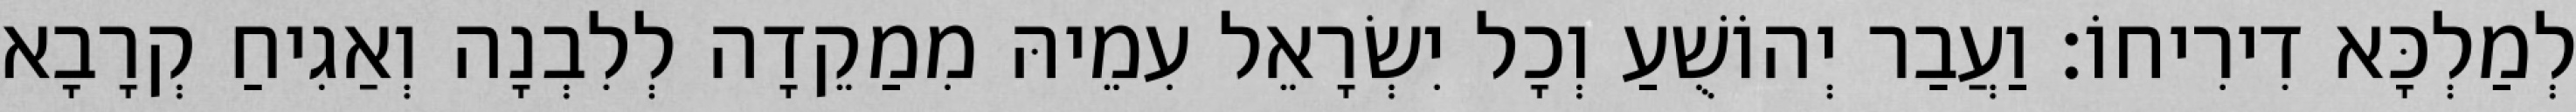
לְמַלְכָּא דִירִיחוֹ׃ וַעֲבַר יְהוֹשֻׁעַ וְכָל יִשְׂרָאֵל עִמֵיהּ מִמַקֵדָה לְלִבְנָה וְאַגִיחַ קְרָבָא